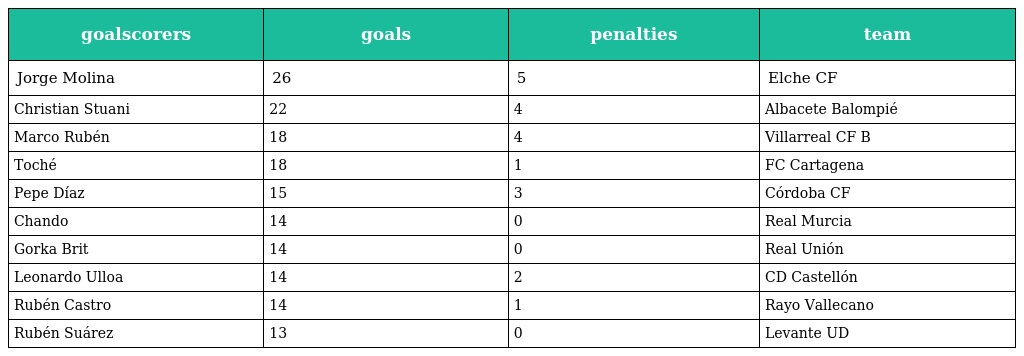
| goalscorers | goals | penalties | team |
 | --- | --- | --- | --- |
 | Jorge Molina | 26 | 5 | Elche CF |
 | Christian Stuani | 22 | 4 | Albacete Balompié |
 | Marco Rubén | 18 | 4 | Villarreal CF B |
 | Toché | 18 | 1 | FC Cartagena |
 | Pepe Díaz | 15 | 3 | Córdoba CF |
 | Chando | 14 | 0 | Real Murcia |
 | Gorka Brit | 14 | 0 | Real Unión |
 | Leonardo Ulloa | 14 | 2 | CD Castellón |
 | Rubén Castro | 14 | 1 | Rayo Vallecano |
 | Rubén Suárez | 13 | 0 | Levante UD |